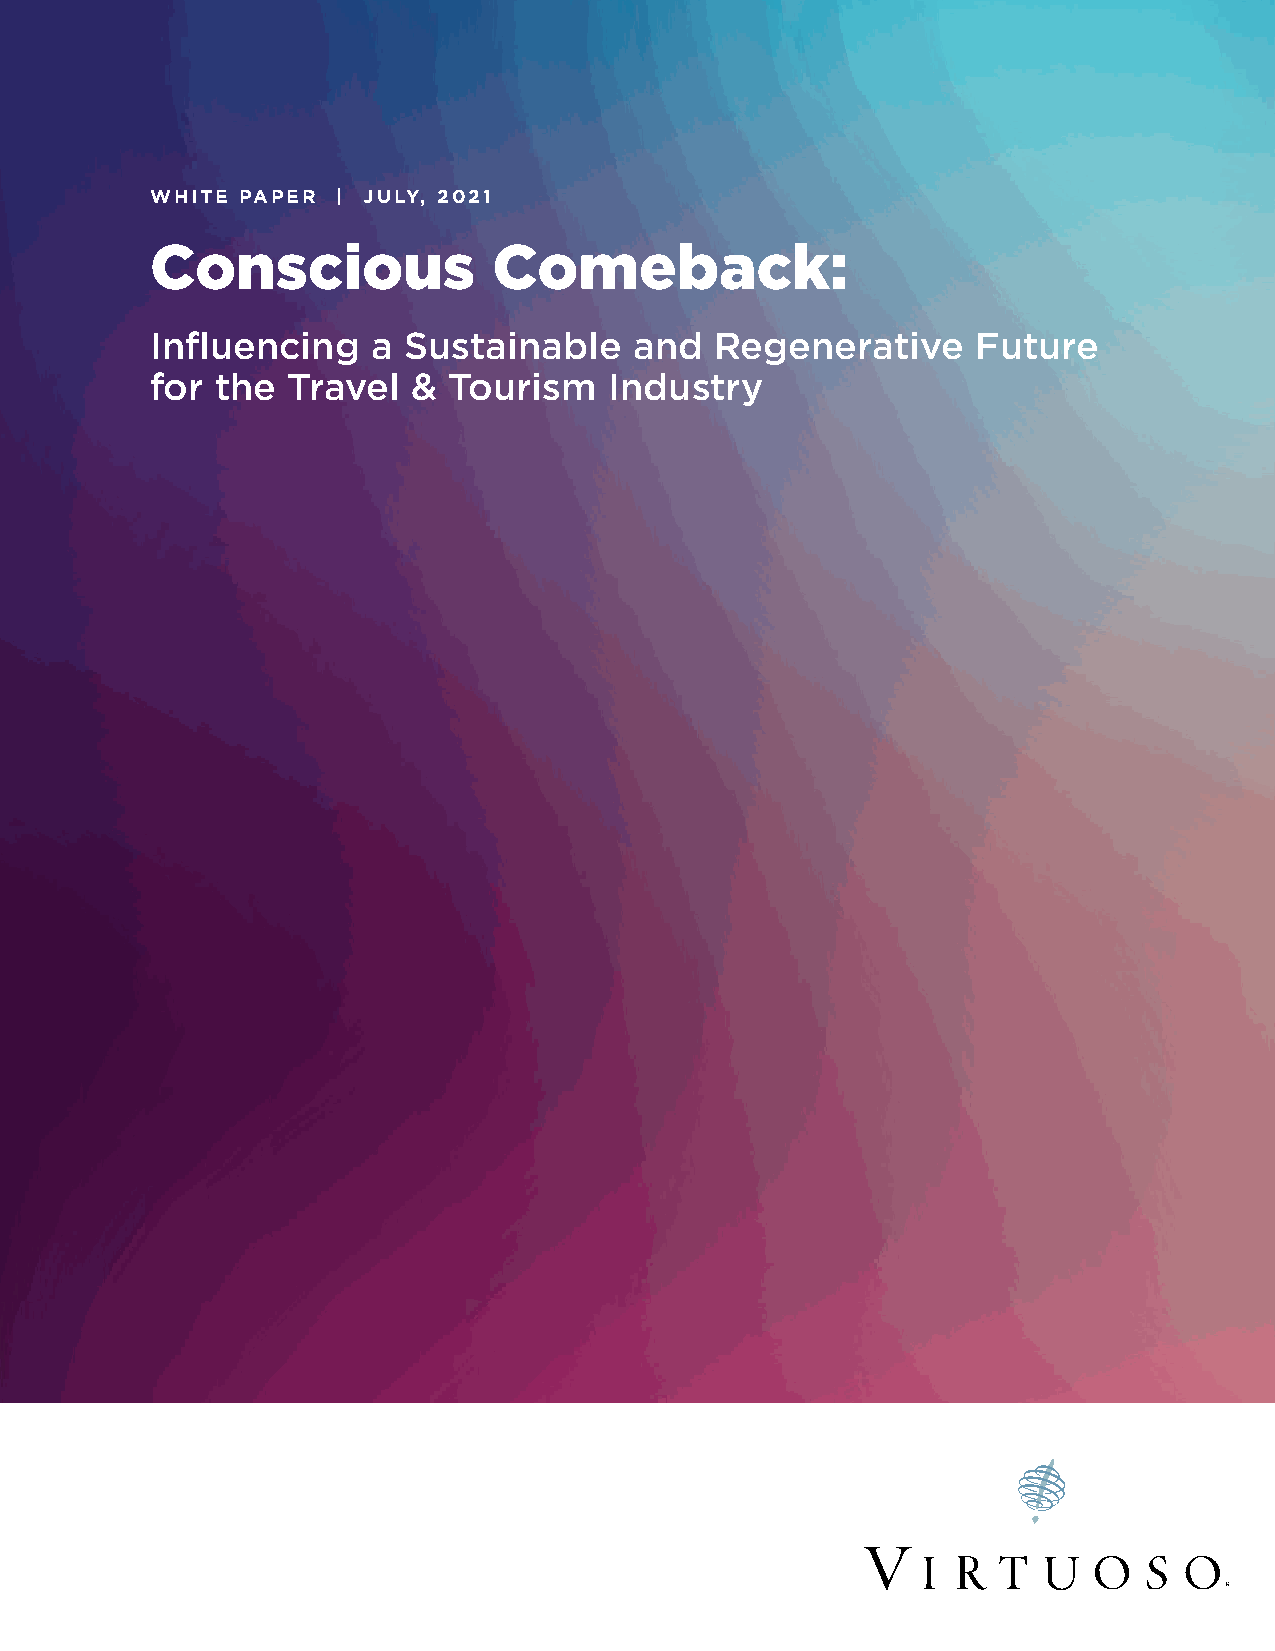
WHITE PAPER | JULY, 2021
 Conscious              Comeback:
 Influencing    a Sustainable    and  Regenerative      Future
 for the  Travel  &  Tourism   Industry